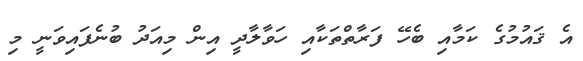
އެ ޤައުމުގެ ކަމާއި ބެހޭ ފަރާތްތަކާއި ހަވާލާދީ އިން މިއަދު ބުނެފައިވަނީ މި